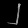
Digit: ၂